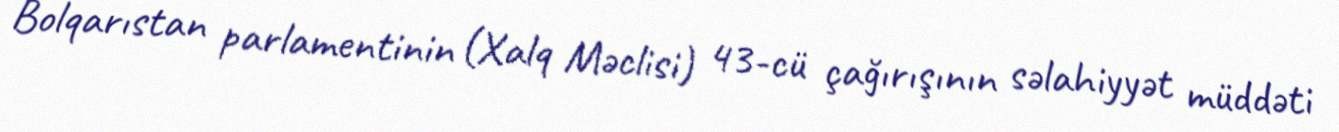
Bolqarıstan parlamentinin (Xalq Məclisi) 43-cü çağırışının səlahiyyət müddəti